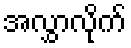
အလွှာလိုက်